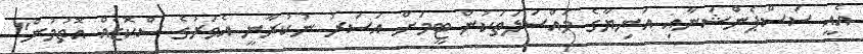
އެއީ ސަސްޕެންޝަނާއި އަނިޔާގެ މައްސަލަތަކުން ޓީމަށް އަސަރު ނުކުރާނީ އެވަރުގެ ސްކޮޑެއް އޮތުމުން"